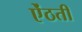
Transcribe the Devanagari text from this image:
ऐंठती